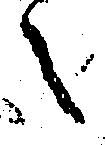
之